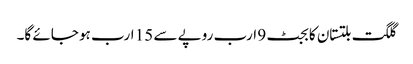
گلگت بلتستان کا بجٹ 9 ارب روپے سے 15 ارب ہو جائے گا۔